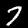
Label: 7